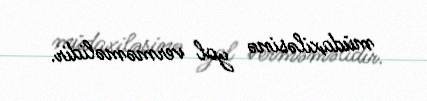
müdaxiləsinə yol verməməlidir.